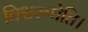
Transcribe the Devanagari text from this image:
विश्वरूपेति।